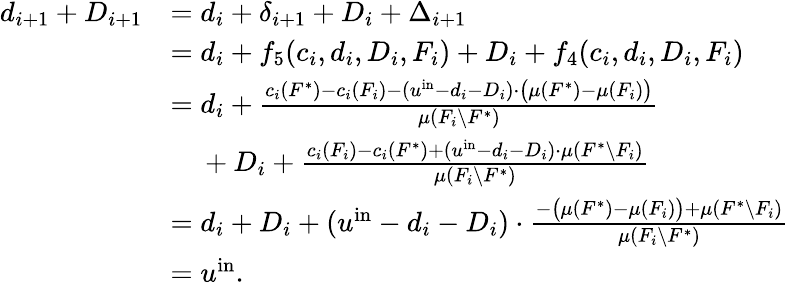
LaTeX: \begin{array}{rl}{d_{i+1}+D_{i+1}}&{=d_{i}+\delta_{i+1}+D_{i}+\Delta_{i+1}}\\ {}&{=d_{i}+f_{5}(c_{i},d_{i},D_{i},F_{i})+D_{i}+f_{4}(c_{i},d_{i},D_{i},F_{i})}\\ {}&{=d_{i}+\frac{c_{i}(F^{*})-c_{i}(F_{i})-(u^{\mathrm{in}}-d_{i}-D_{i})\cdot\big(\mu(F^{*})-\mu(F_{i})\big)}{\mu(F_{i}\setminus F^{*})}}\\ {}&{~~~~+D_{i}+\frac{c_{i}(F_{i})-c_{i}(F^{*})+(u^{\mathrm{in}}-d_{i}-D_{i})\cdot\mu(F^{*}\setminus F_{i})}{\mu(F_{i}\setminus F^{*})}}\\ {}&{=d_{i}+D_{i}+(u^{\mathrm{in}}-d_{i}-D_{i})\cdot\frac{-\big(\mu(F^{*})-\mu(F_{i})\big)+\mu(F^{*}\setminus F_{i})}{\mu(F_{i}\setminus F^{*})}}\\ {}&{=u^{\mathrm{in}}.}\end{array}